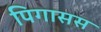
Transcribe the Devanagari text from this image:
पिगासस